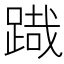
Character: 𮛯